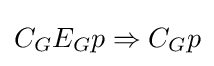
C_{G}E_{G}p\Rightarrow C_{G}p